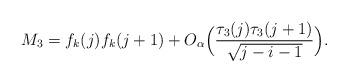
LaTeX: \begin{align*}M_3=f_k(j)f_k(j+1)+O_{\alpha}\Big(\frac{\tau_3(j)\tau_3(j+1)}{\sqrt{j-i-1}}\Big). \end{align*}